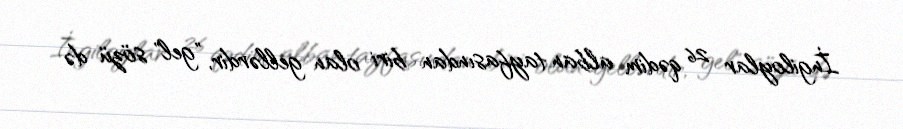
İngiloylar 26 qədim alban tayfasından biri olan gellərdir, "gel" sözü də